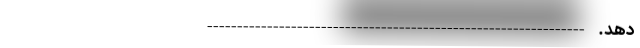
دهد. ---------------------------------------------------------------